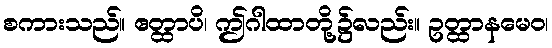
စကားသည်။ ဧတ္ထာပိ၊ ဤဂါထာတို့၌လည်း။ ဥတ္ထာနမေဝ၊